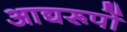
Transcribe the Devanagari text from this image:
आद्यरूपों